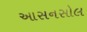
આસનસોલ